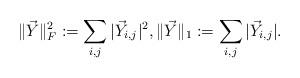
LaTeX: \begin{align*}\|\vec{Y}\|_F^2 := \sum_{i,j} |\vec{Y}_{i,j}|^2, \|\vec{Y}\|_1 := \sum_{i,j}|\vec{Y}_{i,j}|.\end{align*}